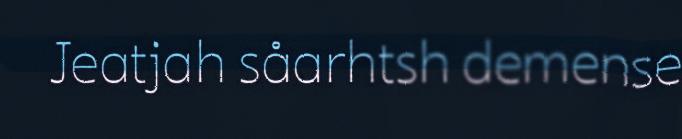
Jeatjah såarhtsh demense